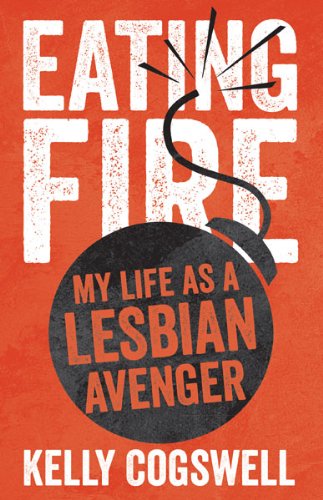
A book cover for Eating Fire: My Life as a Lesbian Avenger; Kelly J. Cogswell; Gay & Lesbian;